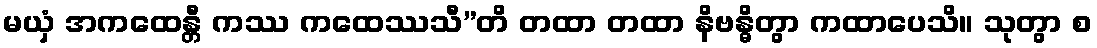
မယှံ အကထေန္တီ ကဿ ကထေဿသီ”တိ တထာ တထာ နိဗန္ဓိတွာ ကထာပေသိ။ သုတွာ စ